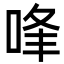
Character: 㖓